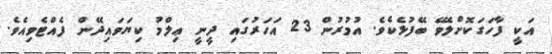
އަކީ ފާހަގަކޮށްލެވޭ ބޭފުޅެކެވެ. އުމުރުން 23 އަހަރުގައި ދީނީ ޢިލްމު ކިޔަވައިދޭން ފެއްޓެވިއެވެ.